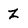
Character: Z